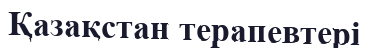
Қазақстан терапевтері